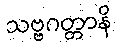
သဗ္ဗဂတ္တာနိ